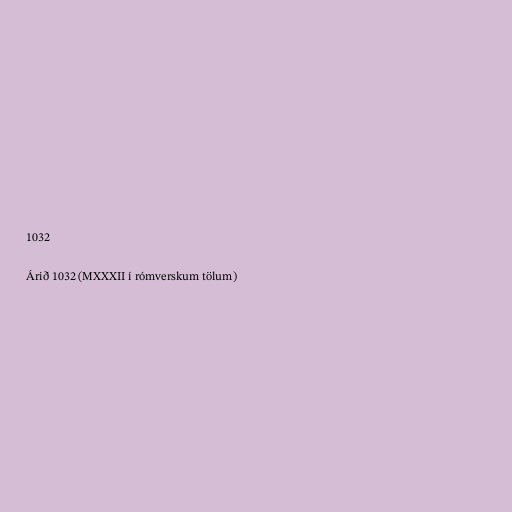
1032

Árið 1032 (MXXXII í rómverskum tölum)